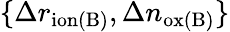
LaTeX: \{ \Delta r_{\mathrm{ion(B)}},\Delta n_{\mathrm{ox(B)}}\}